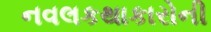
નવલકથાકારોની